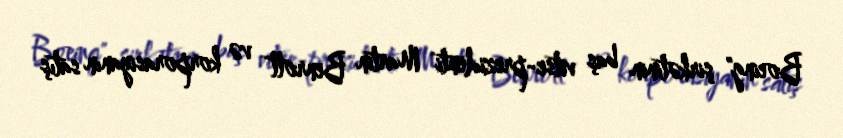
Boeing" şirkətinin baş vitse-prezidenti Martin Benrott və korporasiyanın satış